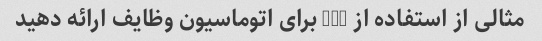
مثالی از استفاده از GPT برای اتوماسیون وظایف ارائه دهید